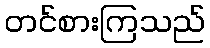
တင်စားကြသည်